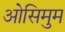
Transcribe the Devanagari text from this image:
ओसिमुम